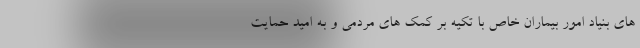
های بنیاد امور بیماران خاص با تکیه بر کمک های مردمی و به امید حمایت